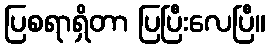
ပြစရာရှိတာ ပြပြီးလေပြီ။